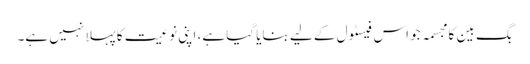
بگ بین کا مجسمہ جو اس فیسٹول کے لیے بنایا گیا ہے، اپنی نوعیت کا پہلا نہیں ہے۔